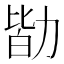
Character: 勓